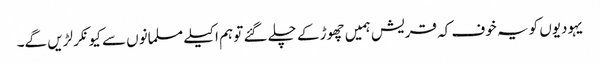
یہودیوں کو یہ خوف کہ قریش ہمیں چھوڑ کے چلے گئے تو ہم اکیلے مسلمانوں سے کیونکر لڑیں گے۔